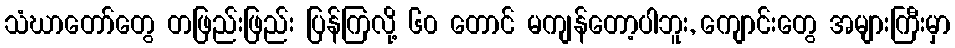
သံဃာတော်တွေ တဖြည်းဖြည်း ပြန်ကြလို့ ၆၀ တောင် မကျန်တော့ပါဘူး, ကျောင်းတွေ အများကြီးမှာ